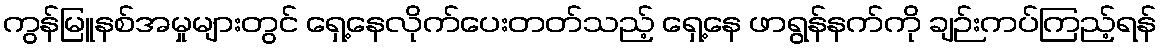
ကွန်မြူနစ်အမှုများတွင် ရှေ့နေလိုက်ပေးတတ်သည့် ရှေ့နေ ဖာရွန်နက်ကို ချဉ်းကပ်ကြည့်ရန်